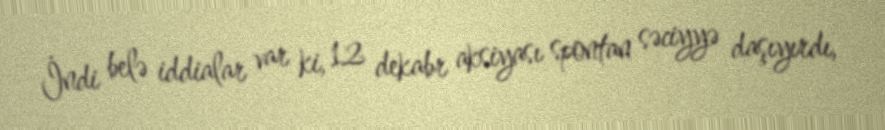
İndi belə iddialar var ki, 12 dekabr aksiyası spontan səciyyə daşıyırdı,